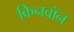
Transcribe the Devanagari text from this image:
किनवॉन